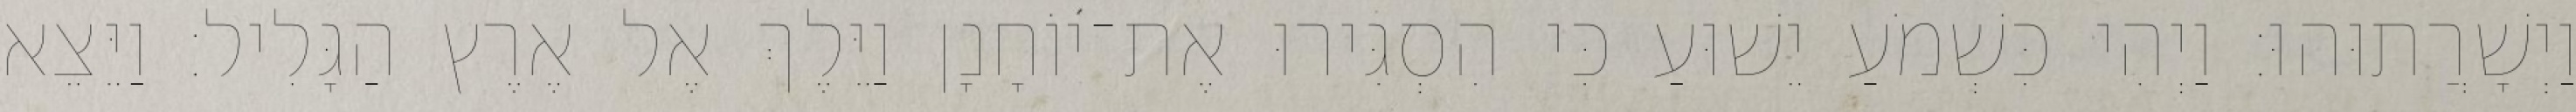
וַיְשָׁרֲתוּהוּ׃ וַיְהִי כִּשְׁמֹעַ יֵשׁוּעַ כִּי הִסְגִּירוּ אֶת־יוֹחָנָן וַיֵּלֶךְ אֶל אֶרֶץ הַגָּלִיל׃ וַיֵּצֵא